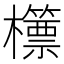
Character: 𣠓